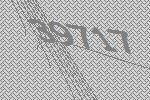
39717